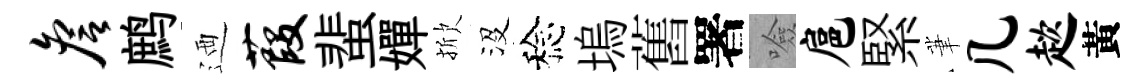
詹鹧迺葭蜚嬋掀沒稔塢舊署噞扈緊茟几趑黃